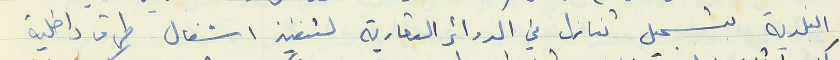
البلدية بتسجيل تنازل في الدوائر العقارية لتنفيذ اشغال طرق داخلية